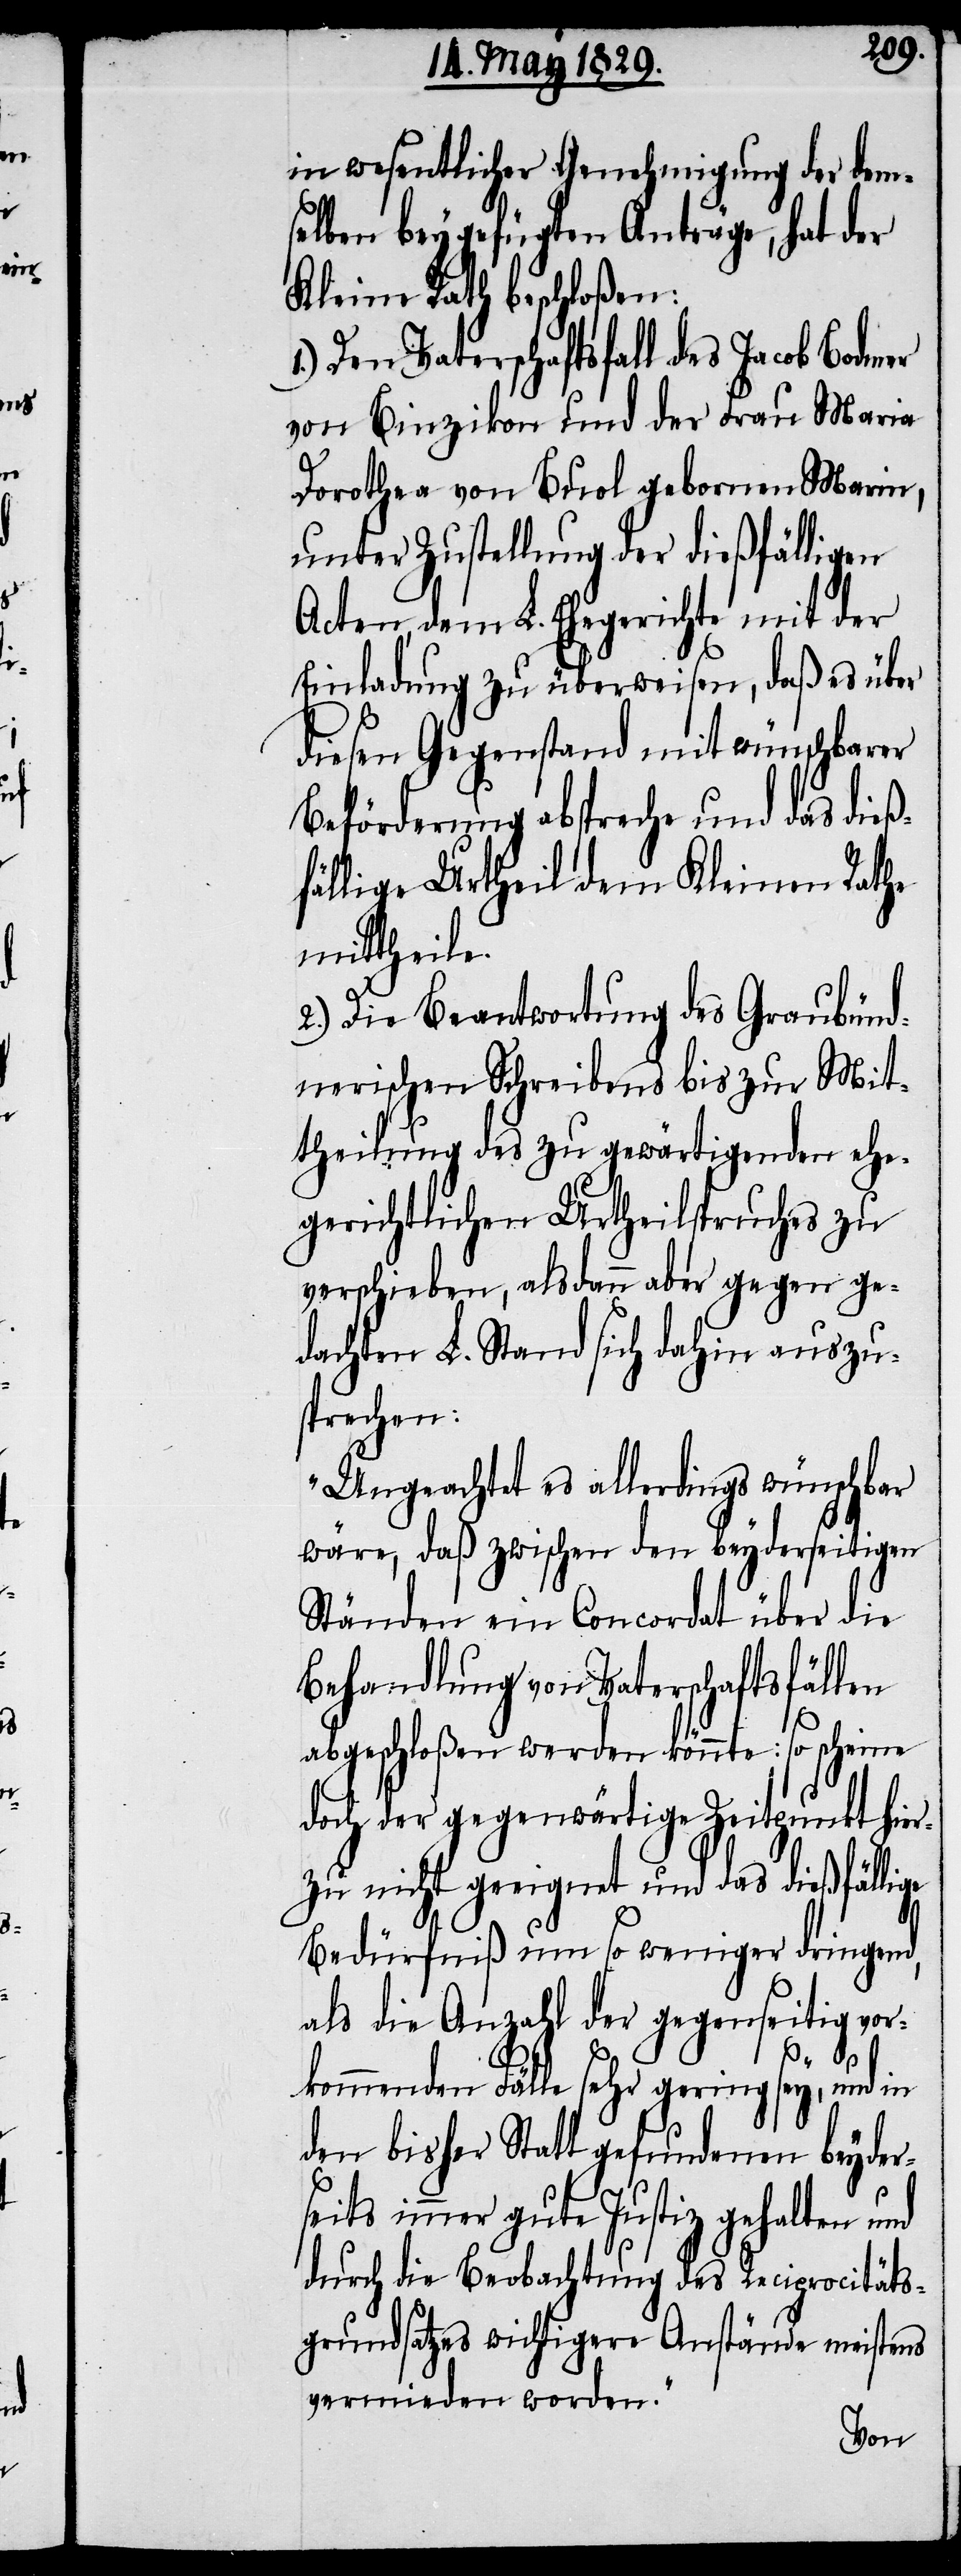
in wesentlicher Genehmigung der dem¬
selben beygefügten Anträge, hat der
Kleine Rath beschloßen:
1.) Den Vaterschaftsfall des Jacob Bodmer
von Binzikon und der Frau Maria
Dorothea von Buol gebornen Marin,
unter Zustellung der dießfälligen
Acten, dem L. Ehegerichte mit der
Einladung zu überweisen, daß es über
diesen Gegenstand mit wünschbarer
Beförderung abspreche und das dieß¬
fällige Urtheil dem Kleinen Rathe
mittheile.
2.) Die Beantwortung des Graubünd¬
nerischen Schreibens bis zur Mit¬
theilung des zu gewärtigenden ehe¬
gerichtlichen Urtheilspruches zu
verschieben, alsdann aber gegen ge¬
dachten L. Stand sich dahin auszu¬
sprechen:
„Ungeachtet es allerdings wünschbar
wäre, daß zwischen den beyderseitigen
Ständen ein Concordat über die
Behandlung von Vaterschaftsfällen
abgeschloßen werden könnte: so scheine
doch der gegenwärtige Zeitpunkt hier¬
zu nicht geeignet und das dießfällige
Bedürfniß um so weniger dringend,
als die Anzahl der gegenseitig vor¬
kommenden Fälle sehr gering sey, und in
den bisher Statt gefundenen beyder¬
seits immer gute Justiz gehalten und
durch die Beobachtung des Reciprocitäts¬
grundsatzes wichtigere Anstände meistens
vermieden worden.“